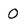
Character: 0